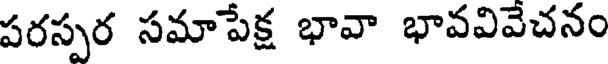
పరస్పర సమాపేక్ష భావా భావవివెచనం